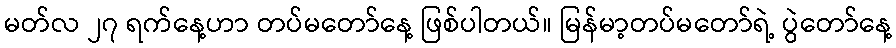
မတ်လ ၂၇ ရက်နေ့ဟာ တပ်မတော်နေ့ ဖြစ်ပါတယ်။ မြန်မာ့တပ်မတော်ရဲ့ ပွဲတော်နေ့